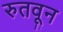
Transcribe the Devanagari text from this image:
रुतवून